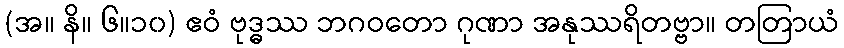
(အ။ နိ။ ၆။၁၀) ဧဝံ ဗုဒ္ဓဿ ဘဂဝတော ဂုဏာ အနုဿရိတဗ္ဗာ။ တတြာယံ